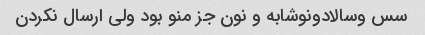
سس وسالادونوشابه و نون جز منو بود ولی ارسال نکردن